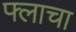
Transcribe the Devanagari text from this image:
फ्लाचा